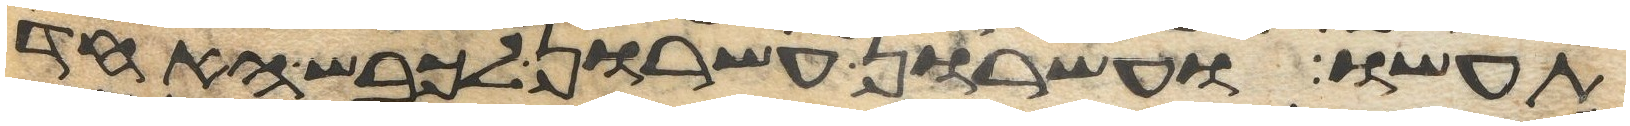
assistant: תעשו ועשרון עשרון לכבש האחד